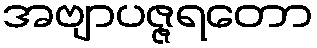
အဗျာပဇ္ဇရတော